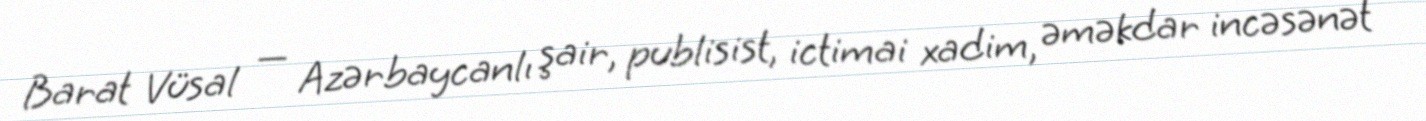
Barat Vüsal — Azərbaycanlı şair, publisist, ictimai xadim, əməkdar incəsənət